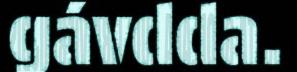
gávdda.